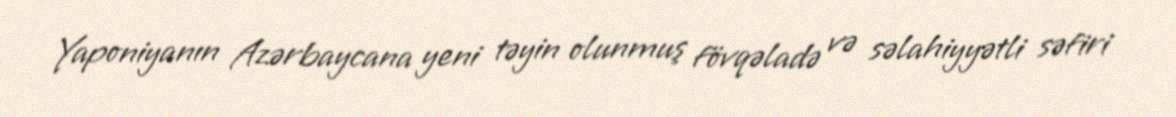
Yaponiyanın Azərbaycana yeni təyin olunmuş fövqəladə və səlahiyyətli səfiri